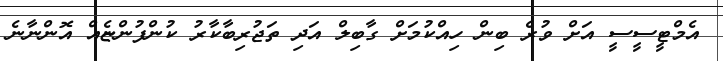
އެމްޓީސީސީ އަށް ވުރެ ބިން ހިއްކުމަށް ގާބިލް އަދި ތަޖުރިބާކާރު ކުންފުންޏެއް އޮންނާނެ